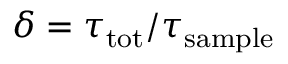
\delta = \tau _ { \mathrm { t o t } } / \tau _ { \mathrm { s a m p l e } }